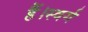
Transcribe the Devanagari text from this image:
हैं।स्वर्ग